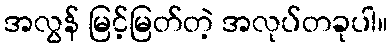
အလွန် မြင့်မြတ်တဲ့ အလုပ်တခုပါ။